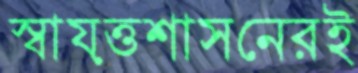
স্বায়ত্তশাসনেরই